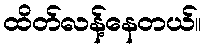
ထိတ်လန့်နေတယ်။